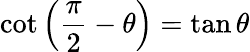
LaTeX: \cot\left({\frac{\pi}{2}}-\theta\right)=\tan\theta